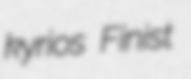
kyrios Finist